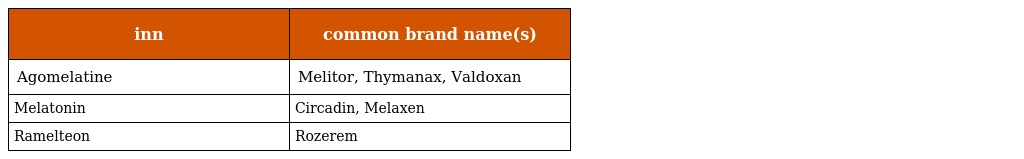
| inn | common brand name(s) |
 | --- | --- |
 | Agomelatine | Melitor, Thymanax, Valdoxan |
 | Melatonin | Circadin, Melaxen |
 | Ramelteon | Rozerem |